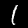
Label: 1